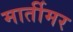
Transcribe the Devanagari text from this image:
मार्तीमर